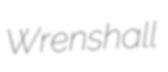
Wrenshall